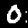
Digit: 0